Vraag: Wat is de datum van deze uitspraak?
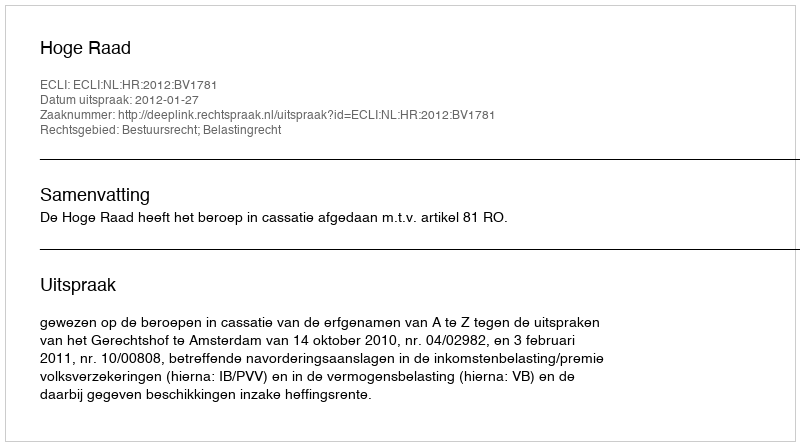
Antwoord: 2012-01-27